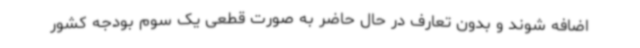
اضافه شوند و بدون تعارف در حال حاضر به صورت قطعی یک سوم بودجه کشور